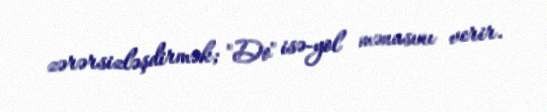
zərərsizləşdirmək; "Do" isə-yol mənasını verir.